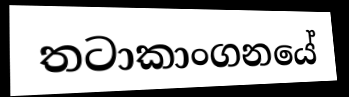
තටාකාංගනයේ